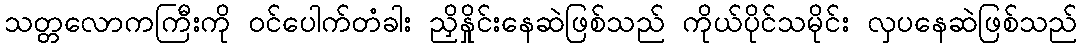
သတ္တလောကကြီးကို ဝင်ပေါက်တံခါး ညှိနှိုင်းနေဆဲဖြစ်သည် ကိုယ်ပိုင်သမိုင်း လှပနေဆဲဖြစ်သည်